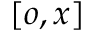
[ o , x ]